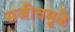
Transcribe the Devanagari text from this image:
सजीवमुळे